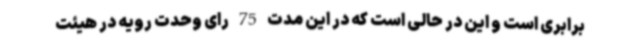
برابری است و این در حالی است که در این مدت 75 رای وحدت رویه در هیئت